Indian journal of veterinary science and animal husbandry - Volumes 18-21, 1948-1951
Year: 1948
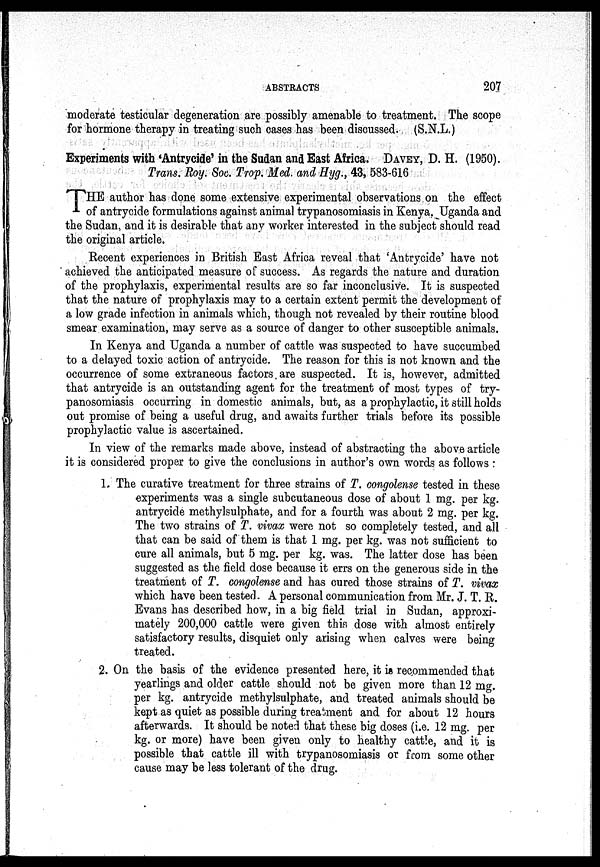
ABSTRACTS
207
moderate testicular degeneration are possibly amenable to treatment. The scope
for hormone therapy in treating such cases has been discussed. (S.N.L.)
Experiments with 'Antrycide' in the Sudan and East Africa. DAVEY, D. H. (1950).
Trans. Roy. Soc. Trop. Med. and Hyg., 43, 583-616
T HE author has done some extensive experimental observations on the effect
of antrycide formulations against animal trypanosomiasis in Kenya. Uganda and
the Sudan, and it is desirable that any worker interested in the subject should read
the original article.
Recent experiences in British East Africa reveal that 'Antrycide' have not
achieved the anticipated measure of success. As regards the nature and duration
of the prophylaxis, experimental results are so far inconclusive. It is suspected
that the nature of prophylaxis may to a certain extent permit the development of
a low grade infection in animals which, though not revealed by their routine blood
smear examination, may serve as a source of danger to other susceptible animals.
In Kenya and Uganda a number of cattle was suspected to have succumbed
to a delayed toxic action of antrycide. The reason for this is not known and the
occurrence of some extraneous factors are suspected. It is, however, admitted
that antrycide is an outstanding agent for the treatment of most types of try-
panosomiasis occurring in domestic animals, but, as a prophylactic, it still holds
out promise of being a useful drug, and awaits further trials before its possible
prophylactic value is ascertained.
In view of the remarks made above, instead of abstracting the above article
it is considered proper to give the conclusions in author's own words as follows :
1. The curative treatment for three strains of T. congolense tested in these
experiments was a single subcutaneous dose of about 1 mg. per kg.
antrycide methylsulphate, and for a fourth was about 2 mg. per kg.
The two strains of T. vivax were not so completely tested, and all
that can be said of them is that 1 mg. per kg. was not sufficient to
cure all animals, but 5 mg. per kg. was. The latter dose has been
suggested as the field dose because it errs on the generous side in the
treatment of T. congolense and has cured those strains of T. vivax
which have been tested. A personal communication from Mr. J. T. R.
Evans has described how, in a big field trial in Sudan, approxi-
mately 200,000 cattle were given this dose with almost entirely
satisfactory results, disquiet only arising when calves were being
treated.
2. On the basis of the evidence presented here, it is recommended that
yearlings and older cattle should not be given more than 12 mg.
per kg. antrycide methylsulphate, and treated animals should be
kept as quiet as possible during treatment and for about 12 hours
afterwards. It should be noted that these big doses (i.e. 12 mg. per
kg. or more) have been given only to healthy cattle, and it is
possible that cattle ill with trypanosomiasis or from some other
cause may be less tolerant of the drug.